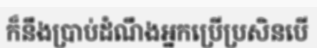
ក៏នឹងប្រាប់ដំណឹងអ្នកប្រើប្រសិនបើ